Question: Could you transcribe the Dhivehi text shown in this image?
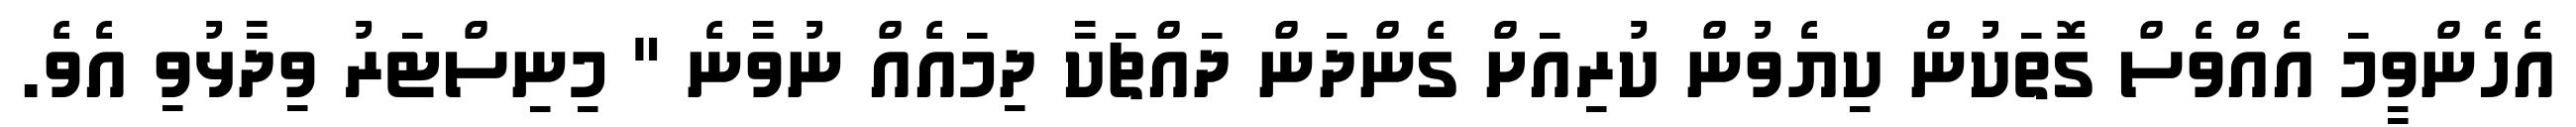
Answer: އެހެންވީމަ އެއްވެސް ގޮތަކުން ކިޔެވުން ކުރިއަށް ގެންދަން ދައްޗަކާ ދިމައެއް ނުވާނެ " މިނިސްޓަރު ވިދާޅުވި އެވެ.